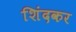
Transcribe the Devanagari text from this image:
शिंदकर